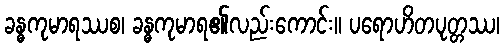
ခန္ဓကုမာရဿစ၊ ခန္ဓကုမာရ၏လည်းကောင်း။ ပရောဟိတပုတ္တဿ၊